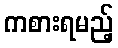
ကစားရမည့်